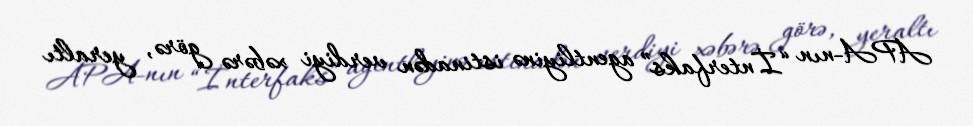
APA-nın “İnterfaks” agentliyinə istinadən verdiyi xəbərə görə, yeraltı